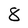
Character: 8